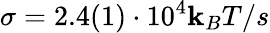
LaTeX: \sigma=2.4(1)\cdot10^{4}\mathbf{k}_{B}T/s